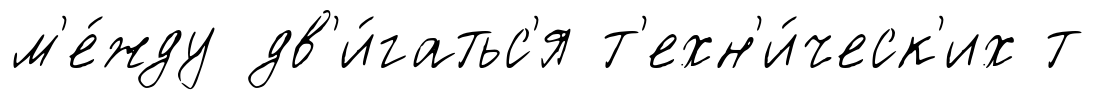
м'е́жду дв'и́гатьс'я т'ехн'и́ческ'их т